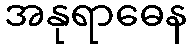
အနုရာဓေန